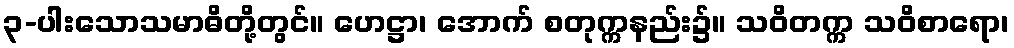
၃-ပါးသောသမာဓိတို့တွင်။ ဟေဋ္ဌာ၊ အောက် စတုက္ကနည်း၌။ သဝိတက္က သဝိစာရော၊